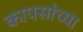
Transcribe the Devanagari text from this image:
कापसांच्या